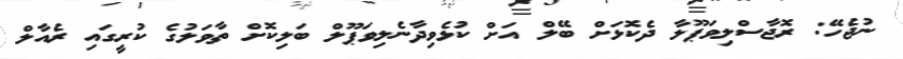
ނުޖެހޭ: ރޮޖާސްލިވަޕޫލާ ދެކޮޅަށް ބޭލް އަށް ކުޅެވިދާނެލިވަޕޫލް ބަލިކޮށް ތާވަލުގެ ކުރީގައި ރެއާލް